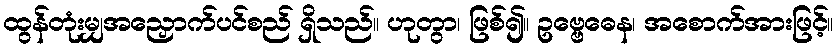
ထွန်တုံးမျှအညှောက်ပင်စည် ရှိသည်။ ဟုတွာ၊ ဖြစ်၍။ ဥဗ္ဗေဓေန၊ အစောက်အားဖြင့်။